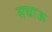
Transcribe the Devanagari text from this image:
सचाऊ